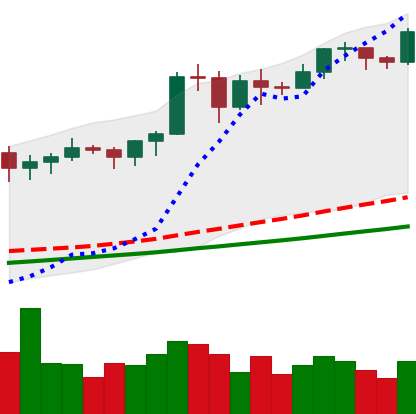
Ticker: BTC-USD
Chart end date: 2020-11-16
Forward return: 11.523%
Label: up_7plus